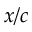
x / c